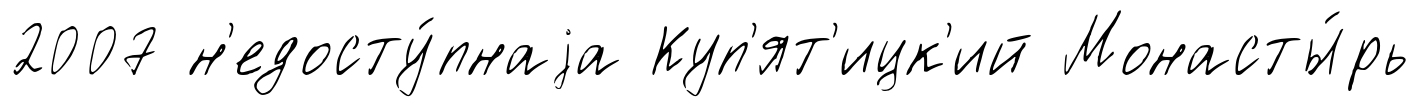
2007 н'едосту́пнаjа Куп'ят'ицк'ий Монасты́рь